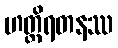
ဟတ္ထိရတနဿ